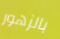
بالزهور